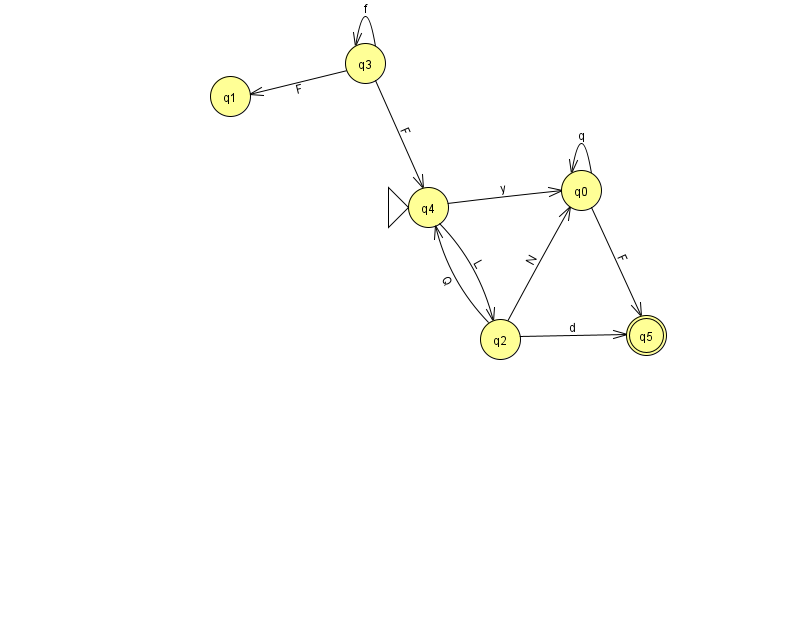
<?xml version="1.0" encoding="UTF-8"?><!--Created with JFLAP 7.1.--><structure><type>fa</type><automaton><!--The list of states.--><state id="0" name="q0"><x>581.0</x><y>177.0</y></state><state id="1" name="q1"><x>230.0</x><y>83.0</y></state><state id="2" name="q2"><x>500.0</x><y>326.0</y></state><state id="3" name="q3"><x>365.0</x><y>50.0</y></state><state id="4" name="q4"><x>428.0</x><y>194.0</y><initial/></state><state id="5" name="q5"><x>646.0</x><y>322.0</y><final/></state><!--The list of transitions.--><transition><from>0</from><to>0</to><read>q</read></transition><transition><from>2</from><to>4</to><read>Q</read></transition><transition><from>3</from><to>1</to><read>F</read></transition><transition><from>3</from><to>3</to><read>f</read></transition><transition><from>4</from><to>0</to><read>y</read></transition><transition><from>3</from><to>4</to><read>F</read></transition><transition><from>4</from><to>2</to><read>L</read></transition><transition><from>2</from><to>5</to><read>d</read></transition><transition><from>0</from><to>5</to><read>F</read></transition><transition><from>2</from><to>0</to><read>N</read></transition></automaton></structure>